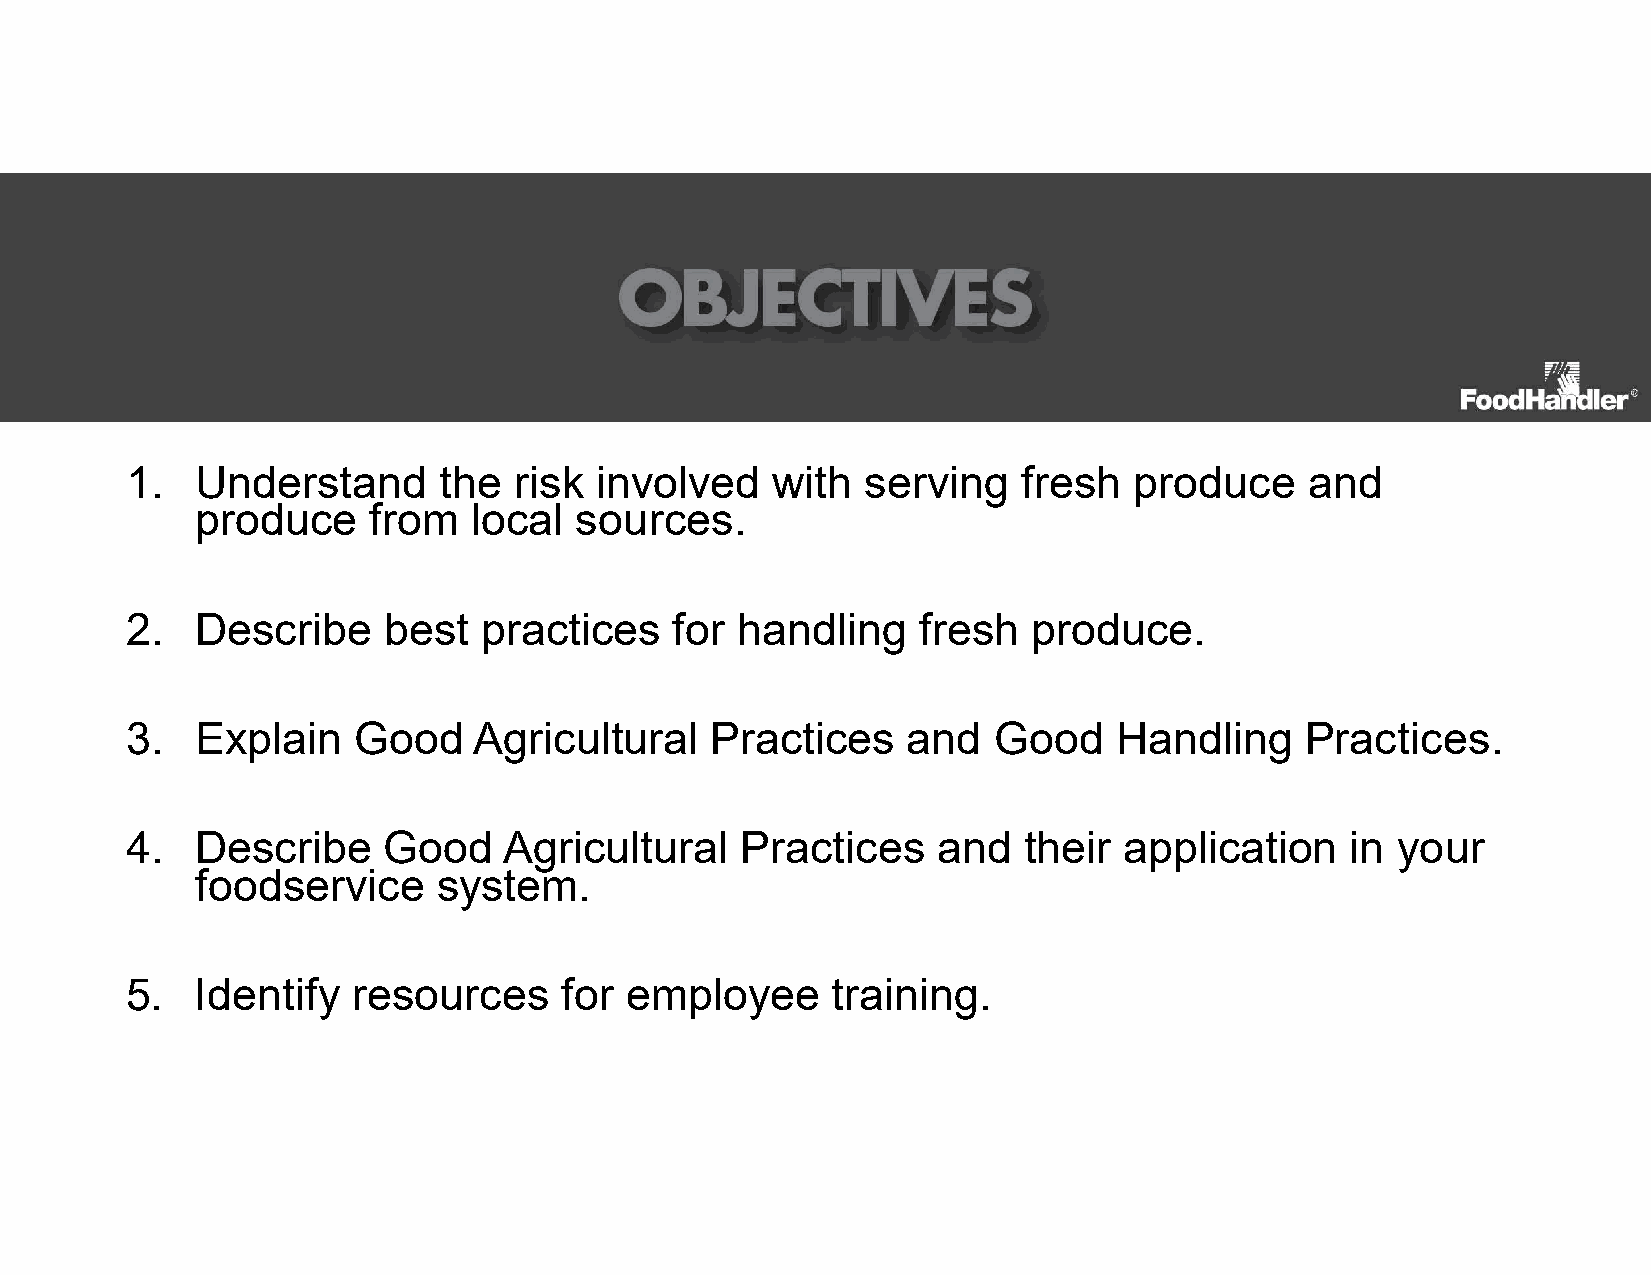
1.   Understand      the  risk involved    with  serving    fresh  produce     and
 produce    from   local  sources.
 2.   Describe    best   practices    for handling    fresh  produce.
 3.   Explain   Good    Agricultural    Practices    and   Good    Handling    Practices.
 4.   Describe    Good    Agricultural    Practices    and   their application    in your
 foodservice     system.
 5.   Identify  resources     for employee      training.